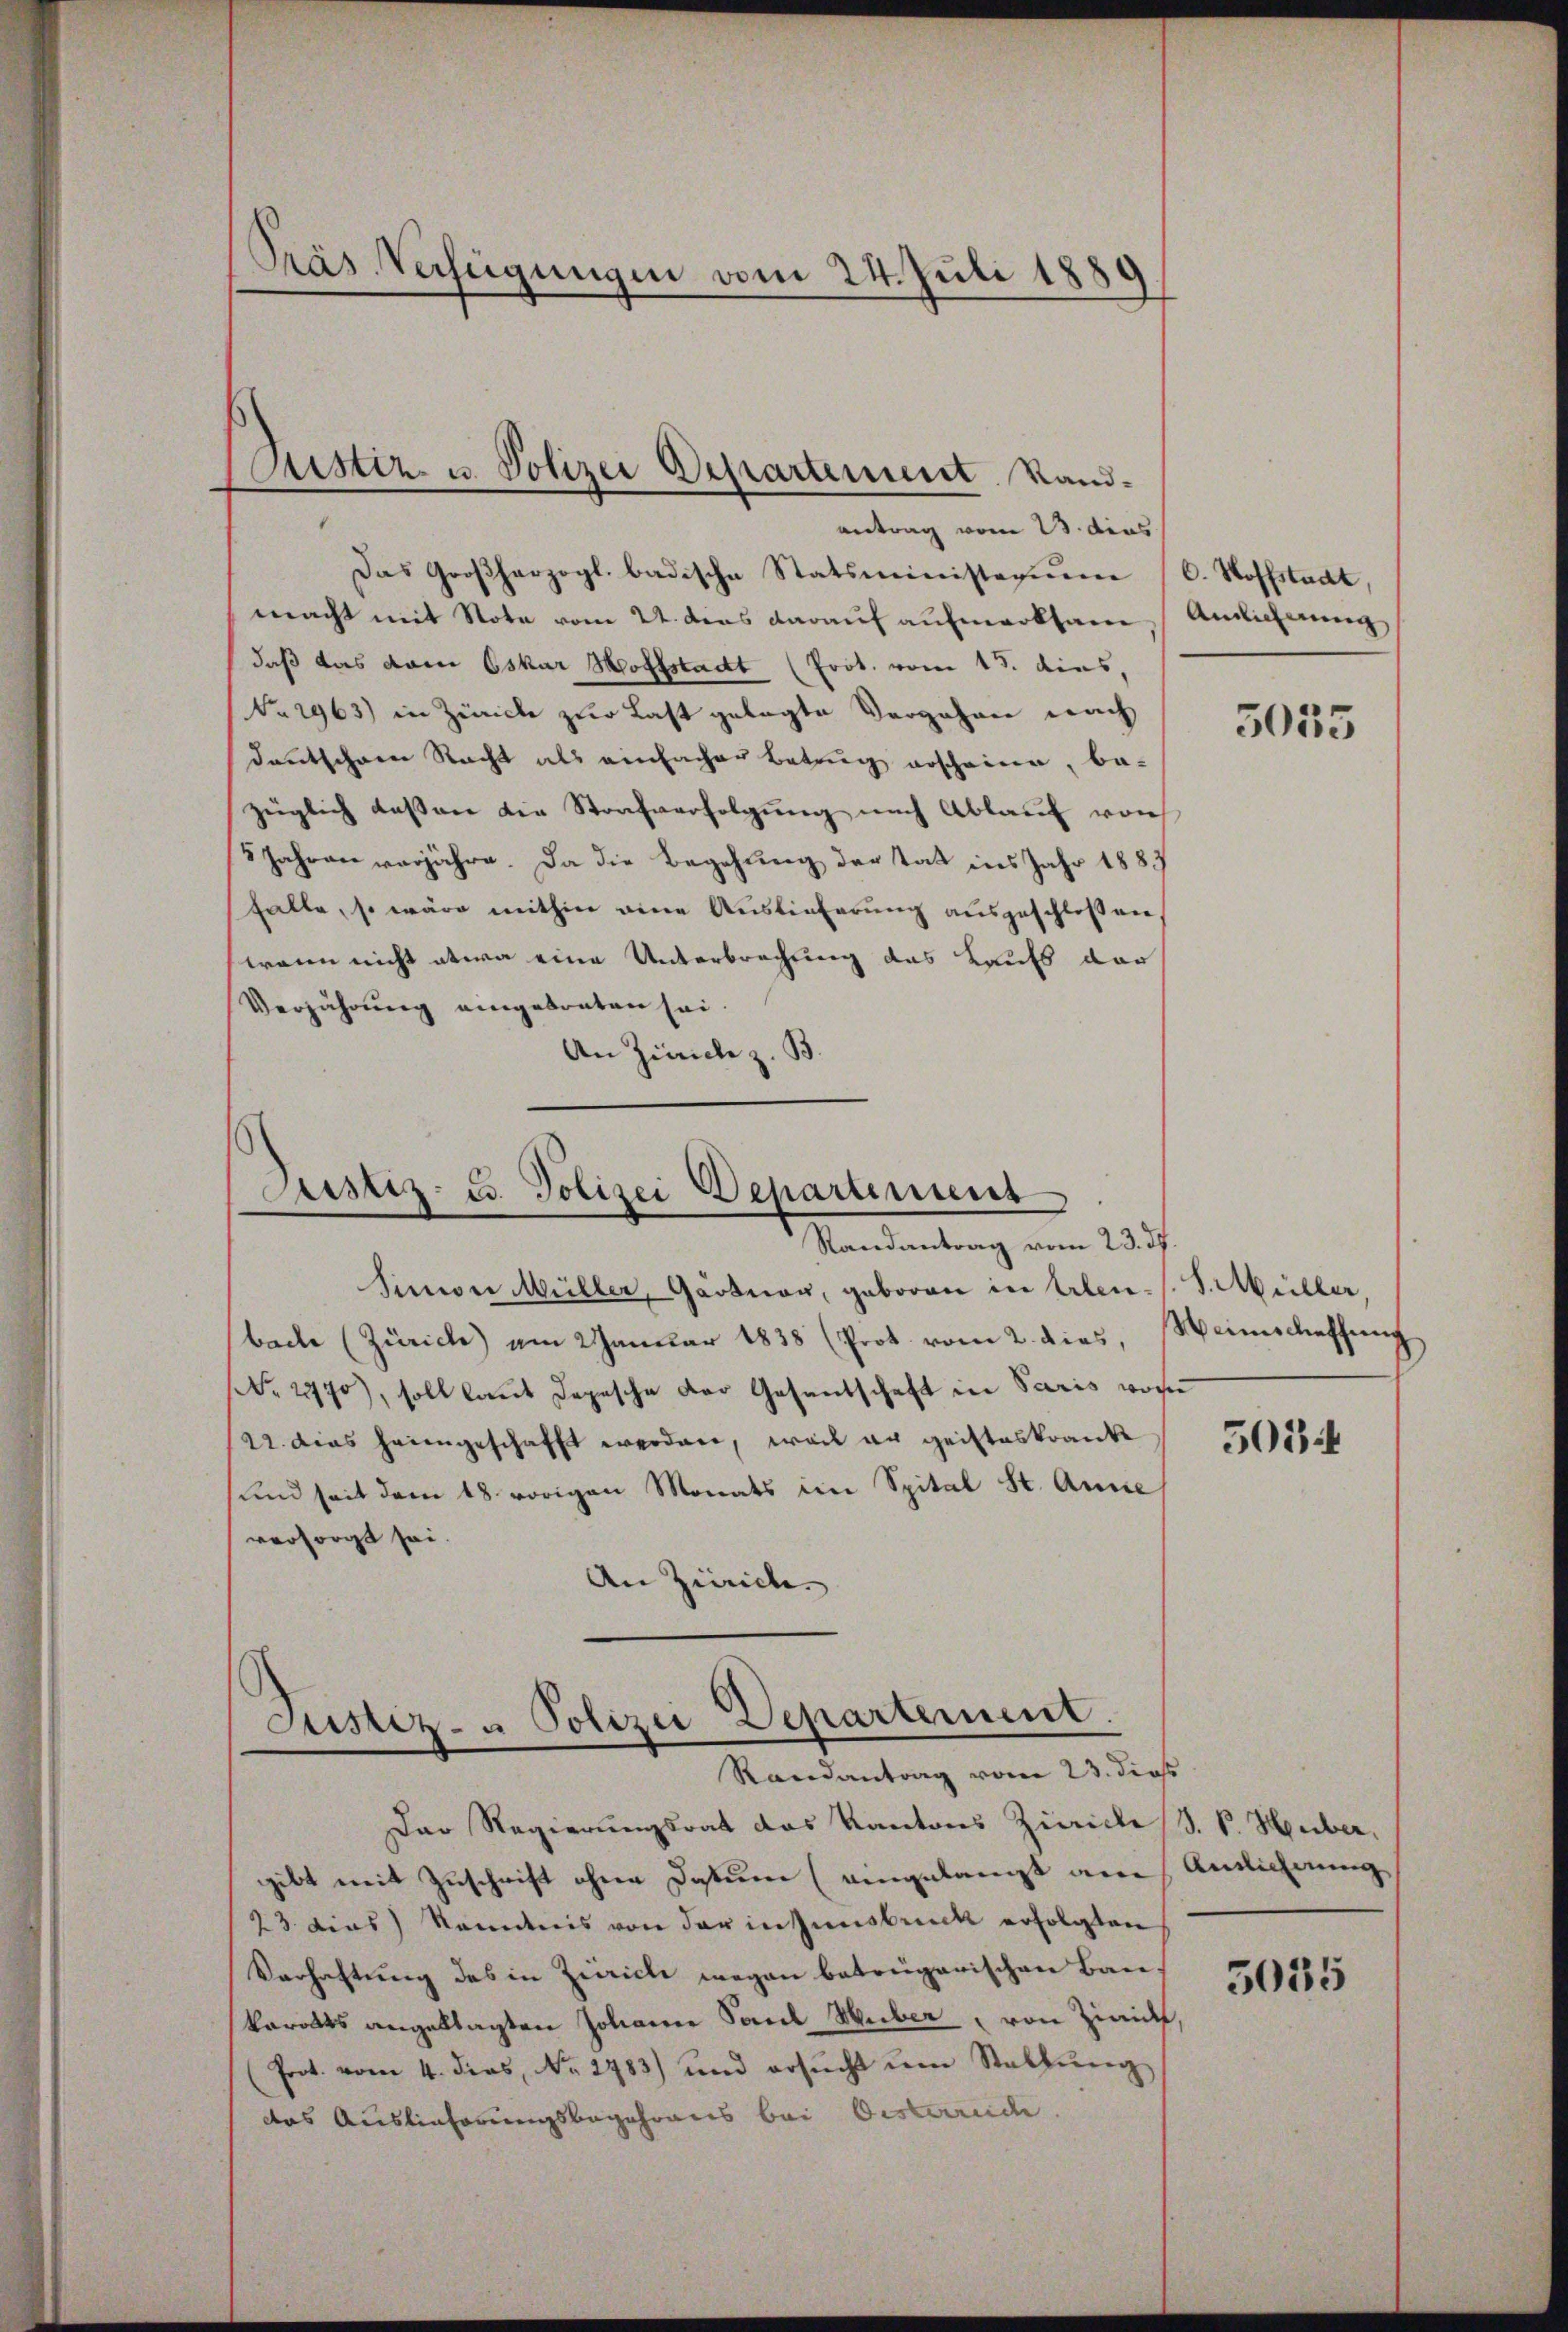
Präs. Verfügungen vom 24. Juli 1885

Justiz- u. Polizei Departement. Sande
antrag vom 23. dies

Das Großherzogl. badische Statsministerie (C. Stoffstadt,
macht mit Note vom 24. dies darauf aufmerksam Anlicherung
daß das dem Oskar Hofstadt (Prot. vom 15. dies
No. 2963) in Zürich zur Last gelegte Vergehen nach
deutschren Nacht als einfacher Betrug erscheine, be-
züglich dessen die Strafverfolgung nach Ablauf von
5 Jahren vorjähre. Da die Begehung der Tat ins Jahr 1883
halte, so wäre mithin eine Auslieferŭng aŭsgeschloßen,
wann nicht etwa eine Unterbrechung das Kaufs der
Verjährung eingebraten sei.
An Zürich z. B.

Justiz- u. Polizei Departement
Randantrag vom 23. ds.

Justiz- u Polizei Departement.
Randantrag vom 23. dies

Simon Müller, Gärtner, geboren in Erben s. S. Müller,
bache (Zürich) am 2 Januar 1838 (Prot. vom 2. dies,
NNo. 2970), soll laut Depesche der Gesentschaft in Paris worin
22. dies heimgeschafft werden, weil er geisteskranke
und seit dem 18. vorigen Monats im Spital St. Anne,
versorgt sei.
An Zürich

Der Regierungsrat das Kantons Züricle S. P. Huber,
gibt mit Zuschrift ohne Datum (eingelangt am
23. Dies) Kenntnis von der in Innsbruck erfolgten
Varhaftung des in Zürich wegen betrügerischen Bau¬
Vororts angeklagten Johanne Sonde Huber, von Zinidf,
Prot. vom 4. dies, No. 1783) und ersŭcht um Stallŭng
das Auslieferungsbegehrens bei Oesterreiche

5035

Weinschaffung

503

Ainlicherung

3035